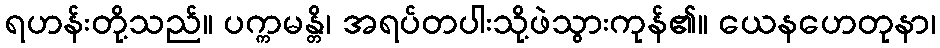
ရဟန်းတို့သည်။ ပက္ကမန္တိ၊ အရပ်တပါးသို့ဖဲသွားကုန်၏။ ယေနဟေတုနာ၊